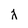
Character: j